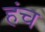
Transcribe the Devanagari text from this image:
हंच